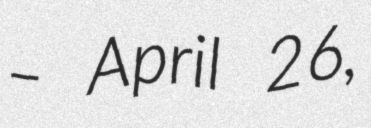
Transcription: – April 26,